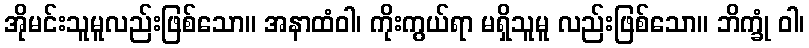
အိုမင်းသူမူလည်းဖြစ်သော။ အနာထံဝါ၊ ကိုးကွယ်ရာ မရှိသူမူ လည်းဖြစ်သော။ ဘိက္ခုံ ဝါ၊